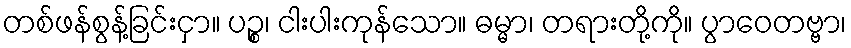
တစ်ဖန်စွန့်ခြင်းငှာ။ ပဉ္စ၊ ငါးပါးကုန်သော။ ဓမ္မာ၊ တရားတို့ကို။ ပွာဝေတဗ္ဗာ၊